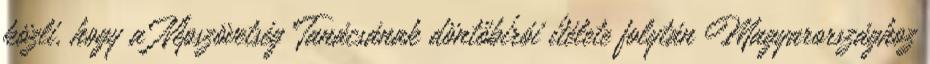
közli, hogy a Népszövetség Tanácsának döntőbírói ítélete folytán Magyarországhoz